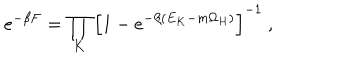
LaTeX: e ^ { - \beta F } = \prod _ { K } \left[ 1 - e ^ { - \beta ( E _ { K } - m \Omega _ { H } ) } \right] ^ { - 1 } ~ ,